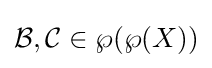
{\mathcal {B}},{\mathcal {C}}\in \wp (\wp (X))